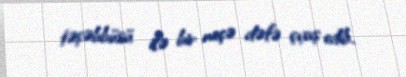
təşəbbüsü ilə bir neçə dəfə çıxış edib.